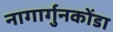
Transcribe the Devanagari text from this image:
नागार्गुनकोंडा